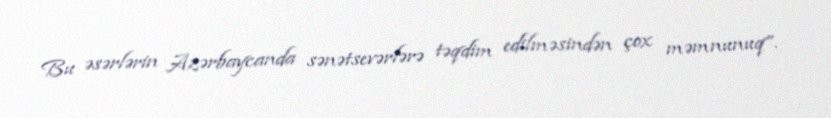
Bu əsərlərin Azərbaycanda sənətsevərlərə təqdim edilməsindən çox məmnunuq”.